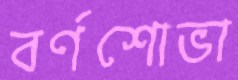
বর্ণশোভা